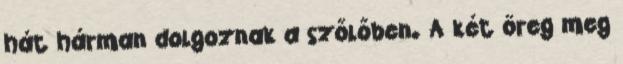
hát hárman dolgoznak a szőlőben. A két öreg meg